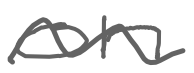
Text: on
Cross-out: wave
Writing tool: digital_gray